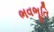
ભવભૂતિ